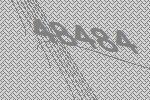
48484